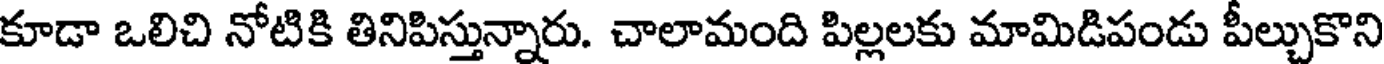
కూడా ఒలిచి నోటికి తినిపిస్తున్నారు. చాలామంది పిల్లలకు మామిడిపండు పీల్చుకొని